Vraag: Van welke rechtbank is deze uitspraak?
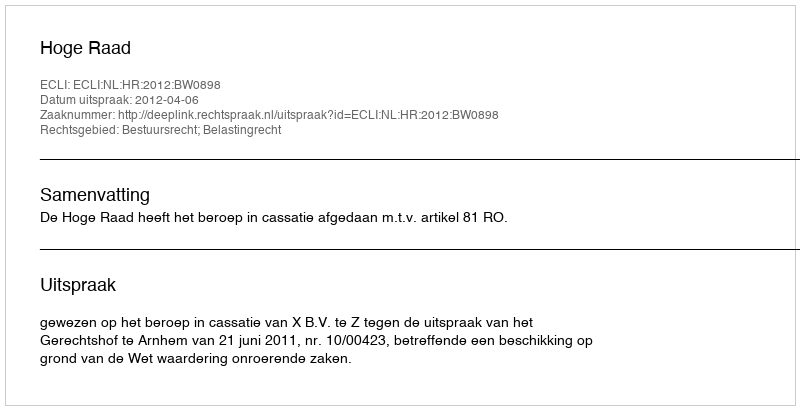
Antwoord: Hoge Raad